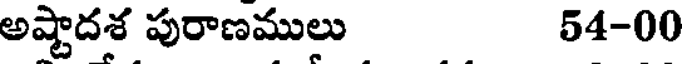
అష్టాదశ పురాణములు 54-00